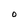
Character: 0